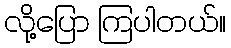
လို့ပြော ကြပါတယ်။